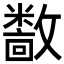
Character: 𫿝